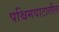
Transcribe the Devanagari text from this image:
पश्चिमघाटातील